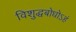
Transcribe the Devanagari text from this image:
विशुद्धबोधोऽहं